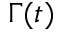
\Gamma ( t )